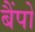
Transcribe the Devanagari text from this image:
बैंपो